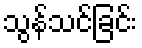
သွန်သင်ခြင်း